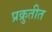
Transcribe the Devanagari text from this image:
प्रक्रुतीत